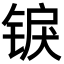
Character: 𬭜